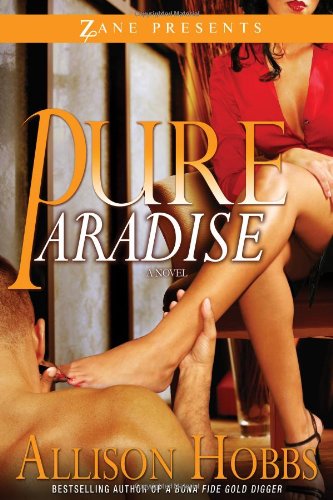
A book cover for Pure Paradise (Zane Presents); Allison Hobbs; Romance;